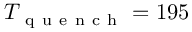
T _ { \mathrm { ~ q ~ u ~ e ~ n ~ c ~ h ~ } } = 1 9 5